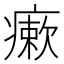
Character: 瘶